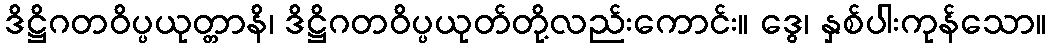
ဒိဋ္ဌိဂတဝိပ္ပယုတ္တာနိ၊ ဒိဋ္ဌိဂတဝိပ္ပယုတ်တို့လည်းကောင်း။ ဒွေ၊ နှစ်ပါးကုန်သော။